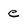
Character: e